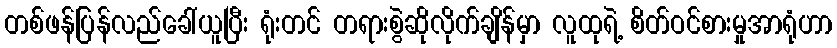
တစ်ဖန်ပြန်လည်ခေါ်ယူပြီး ရုံးတင် တရားစွဲဆိုလိုက်ချိန်မှာ လူထုရဲ့ စိတ်ဝင်စားမှုအာရုံဟာ